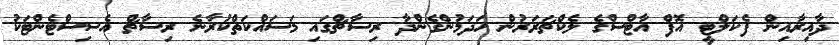
ދާއިރާއިން ފެކަލްޓީ އޮފް އާޓްސްގެ ލެކްޗަރަރުން ހަދަމުންގެންދާ ރިސާޗްގައި މަސައްކަތްކުރާނެ ރިސާޗް އެސިސްޓެންޓަކު